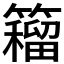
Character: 𰪡